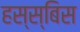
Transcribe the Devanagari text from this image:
हस्स्बिस